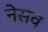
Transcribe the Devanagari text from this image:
नेसव